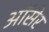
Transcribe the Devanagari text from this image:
ऑसेर